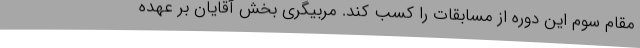
مقام سوم این دوره از مسابقات را کسب کند. مربیگری بخش آقایان بر عهده